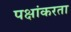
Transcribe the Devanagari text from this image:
पक्षांकरता